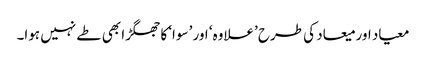
معیاد اور میعاد کی طرح ’علاوہ‘ اور ’سوا‘ کا جھگڑا بھی طے نہیں ہوا۔